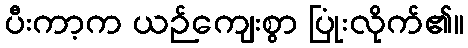
ပီးကာ့က ယဉ်ကျေးစွာ ပြုံးလိုက်၏။